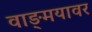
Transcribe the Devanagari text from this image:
वाङ्‍मयावर